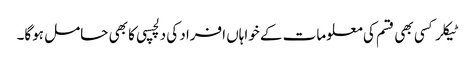
ٹیکلر کسی بھی قسم کی معلومات کے خواہاں افراد کی دلچسپی کا بھی حامل ہوگا۔